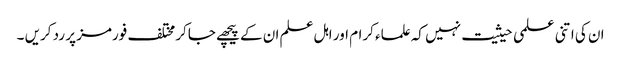
ان کی اتنی علمی حیثیت نہیں کہ علماء کرام اور اہل علم ان کے پیچھے جاکر مختلف فورمز پر رد کریں ۔